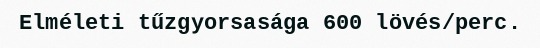
Elméleti tűzgyorsasága 600 lövés/perc.